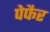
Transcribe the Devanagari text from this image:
पेफैर